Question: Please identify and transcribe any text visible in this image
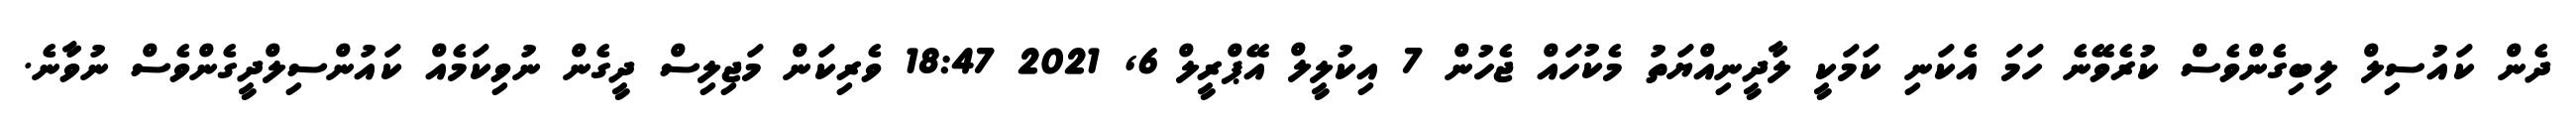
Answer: ދެން ކައުސިލް ލިބިގެންވެސް ކުރެވޭނެ ހަމަ އެކަނި ކަމަކީ ލާދީނިއްޔަތު މެކުހައް ޖެހުން 7 އިކުލީލް އޭޕްރީލް 6, 2021 18:47 ވެރިކަން މަޖިލިސް ދީގެން ނުވިކަމެއް ކައުންސިލްދީގެންވެސް ނުވާނެ.